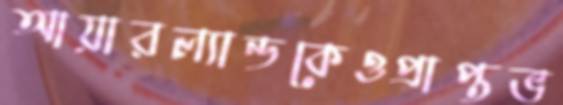
আয়ারল্যান্ডকেওপ্রাপ্তভ